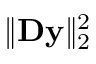
\| \mathbf { D } \mathbf { y } \| _ { 2 } ^ { 2 }